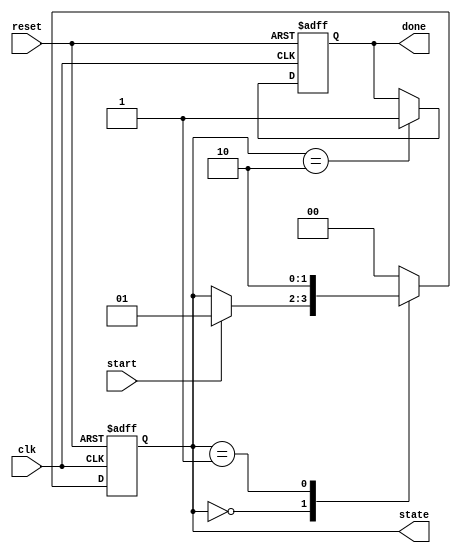
module state_machine (
    input wire clk,         // Clock input
    input wire reset,       // Reset input
    input wire start,       // Start signal
    output reg [1:0] state, // Current state output
    output reg done         // Done signal
);

    // State encoding
    localparam IDLE = 2'b00;
    localparam PROCESSING = 2'b01;
    localparam COMPLETE = 2'b10;

    // Sequential logic using non-blocking assignments
    always @(posedge clk or posedge reset) begin
        if (reset) begin
            state <= IDLE;  // Reset to IDLE state
            done <= 1'b0;   // Reset done signal
        end else begin
            case (state)
                IDLE: begin
                    if (start) begin
                        state <= PROCESSING; // Move to PROCESSING state
                    end
                end

                PROCESSING: begin
                    // Simulating some processing logic
                    // After some condition, move to COMPLETE state
                    state <= COMPLETE; // Directly move to COMPLETE for simplicity
                end

                COMPLETE: begin
                    done <= 1'b1;      // Set done signal
                    state <= IDLE;     // Move back to IDLE state
                end

                default: begin
                    state <= IDLE;     // Default case to avoid latches
                end
            endcase
        end
    end

endmodule